Investigations into the jail dietaries of the United Provinces with some observations on the influence of dietary on the physical development and well-being of the people of the United Provinces - Number 48
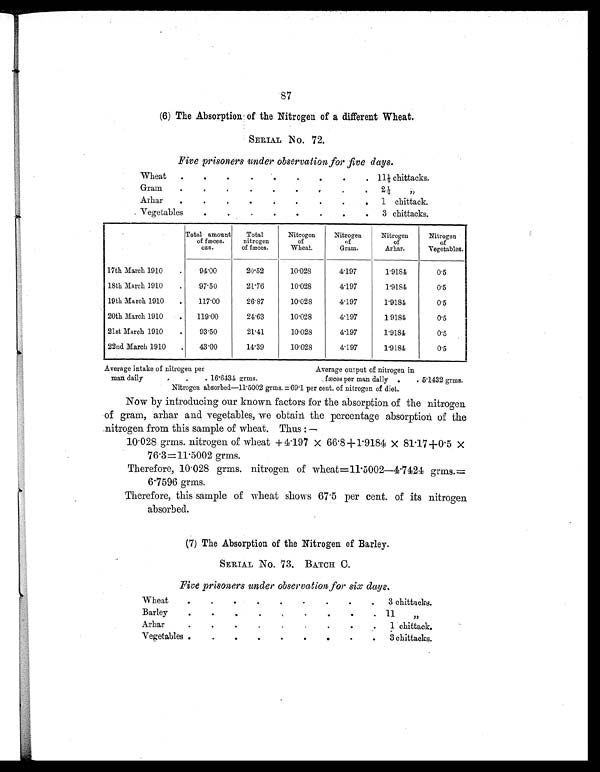
87
(6) The Absorption of the Nitrogen of a different Wheat.
SERIAL NO. 72.
Five prisoners under observation for five days.
Wheat .
. .
.
.
.
.
.
. 11½ chi t t acks.
Gram .
.
.
. .
.
. .
. 2 ½ „
Arhar .
.
.
.
.
.
.
.
. 1 chittack.
Vegetables
.
.
.
.
.
.
.
. 3 chittacks.
Total amount
of fæces.
ozs.
Total
nitrogen
of fæces.
Nitrogen
of
Wheat.
Nitrogen of
Gram.
Nitrogen
of
Arhar.
Nitrogen
of
Vegetables.
17th March 1910 . 94.00
20.52
10.028
4 . 1 9 7
1.9184
0.5
18th March 1910 . 97.50
21.76
10.028
4.197
1.9184
0.5
19th March 1910 . 117.00
26.87
10.028
4.197
1. 9184
0.5
20th March 1910
. 119.00
24. 63
10.028
4.197
1 9184
0.5
21st March 1910 . 93.50
21.41
10.028
4.197
1. 9184
0.5
22nd March 1910 . 43.00
14.39
10.028
4.197
1.9184
0.5
Average intake of nitrogen per
Average output of nitrogen in
man daily
. . . 16.6434 grms.
fæces per man daily . . 5.1432 grms.
Nitrogen absorbed—11.5002 grms. =69.1 per cent. of nitrogen of diet.
Now by introducing our known factors for the absorption of the nitrogen
of gram, arhar and vegetables, we obtain the percentage absorption of the
nitrogen from this sample of wheat. Thus:—
10.028 grms. nitrogen of wheat +4.197 × 66.8+1.9184 × 81.17+0.5 ×
76.3=11.5002 grms.
Therefore, 10.028 grms. nitrogen of wheat=11.5002—4.7424 grms.=
6.7596 grms.
Therefore, this sample of wheat shows 67.5 per cent. of its nitrogen
absorbed.
(7) The Absorption of the Nitrogen of Barley.
SERIAL NO. 73. BATCH C.
Five prisoners under observation for six days.
Wheat
.
.
.
.
.
.
.
.
. 3 chittacks.
Barley
.
.
.
.
.
.
.
.
. 1 1 „
Arhar
.
.
.
.
.
.
.
.
. 1 chittack.
Vegetables .
.
.
.
.
.
.
.
. 3 chittacks.